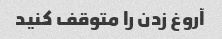
آروغ زدن را متوقف کنید